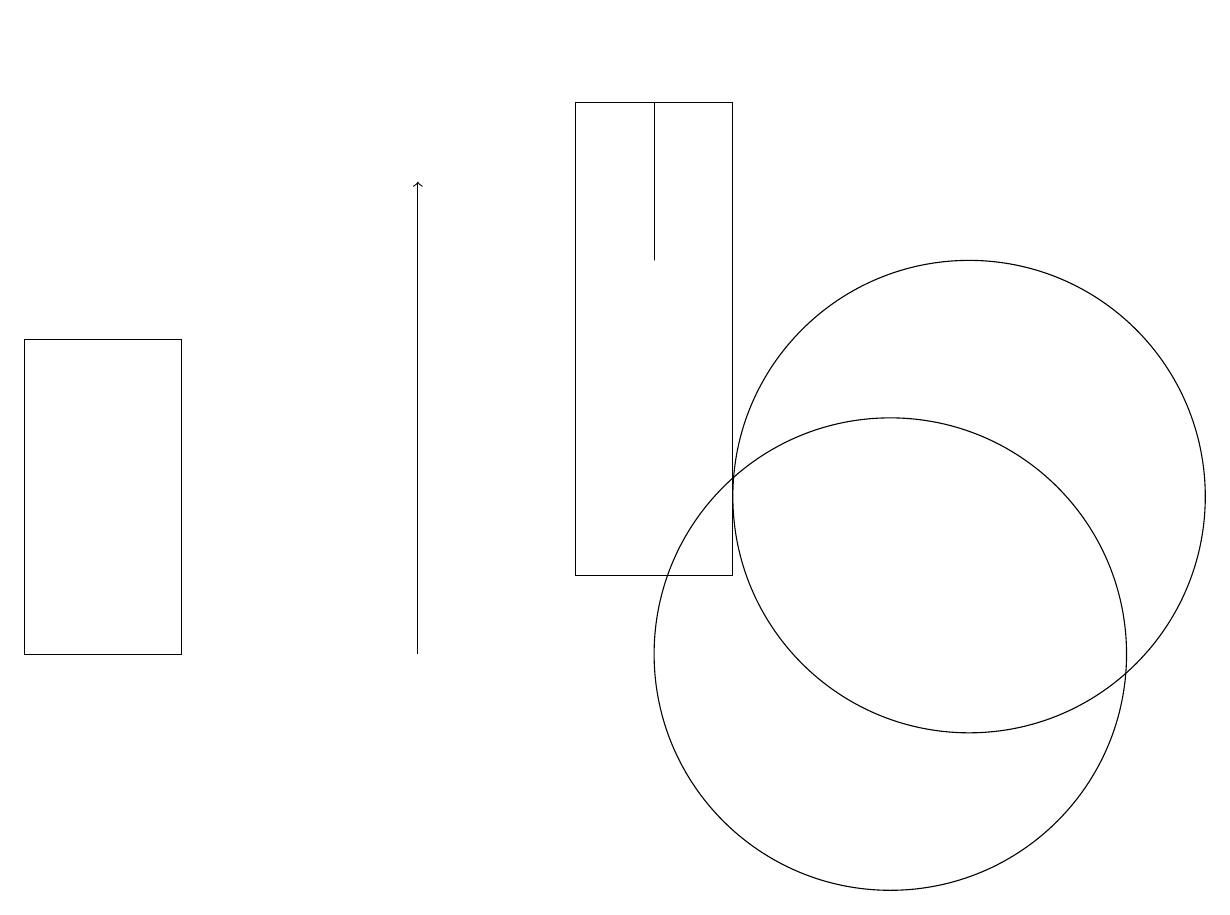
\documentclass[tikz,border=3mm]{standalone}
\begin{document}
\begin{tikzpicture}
\draw (11,10) circle (3);
\draw (0,10) rectangle (2,14);
\draw (7,17) rectangle (9,11);
\draw (8,15) rectangle (8,17);
\draw (5,18) rectangle (5,18);
\draw[->] (5,10) -- (5,16);
\draw (12,12) circle (3);
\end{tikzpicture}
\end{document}